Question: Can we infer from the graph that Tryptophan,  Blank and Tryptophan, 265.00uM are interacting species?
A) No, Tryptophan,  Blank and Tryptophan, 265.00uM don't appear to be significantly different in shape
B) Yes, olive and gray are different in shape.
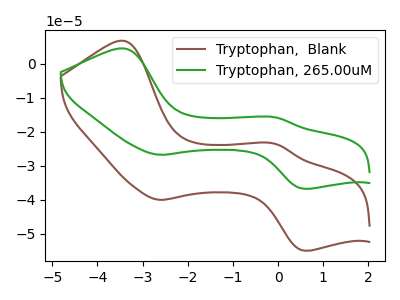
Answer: <think>The brown curve "Tryptophan,  Blank" has anodic peaks at (-3.40V, 6.75uA) (-0.05V, -23.55uA) and cathodic peaks at (-2.65V, -40.00uA) (0.55V, -54.95uA). The green curve "Tryptophan, 265.00uM" has anodic peaks at (-3.40V, 4.50uA) (-0.05V, -15.75uA) and cathodic peaks at (-2.65V, -26.75uA) (0.55V, -36.75uA).
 All the peaks in "Tryptophan,  Blank" have a peak in "Tryptophan, 265.00uM" at the same potential.</think>
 <answer>A) No, "Tryptophan,  Blank" and "Tryptophan, 265.00uM" don't appear to be significantly different in shape</answer>
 <eval>A</eval>